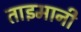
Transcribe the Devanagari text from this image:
ताइमानी